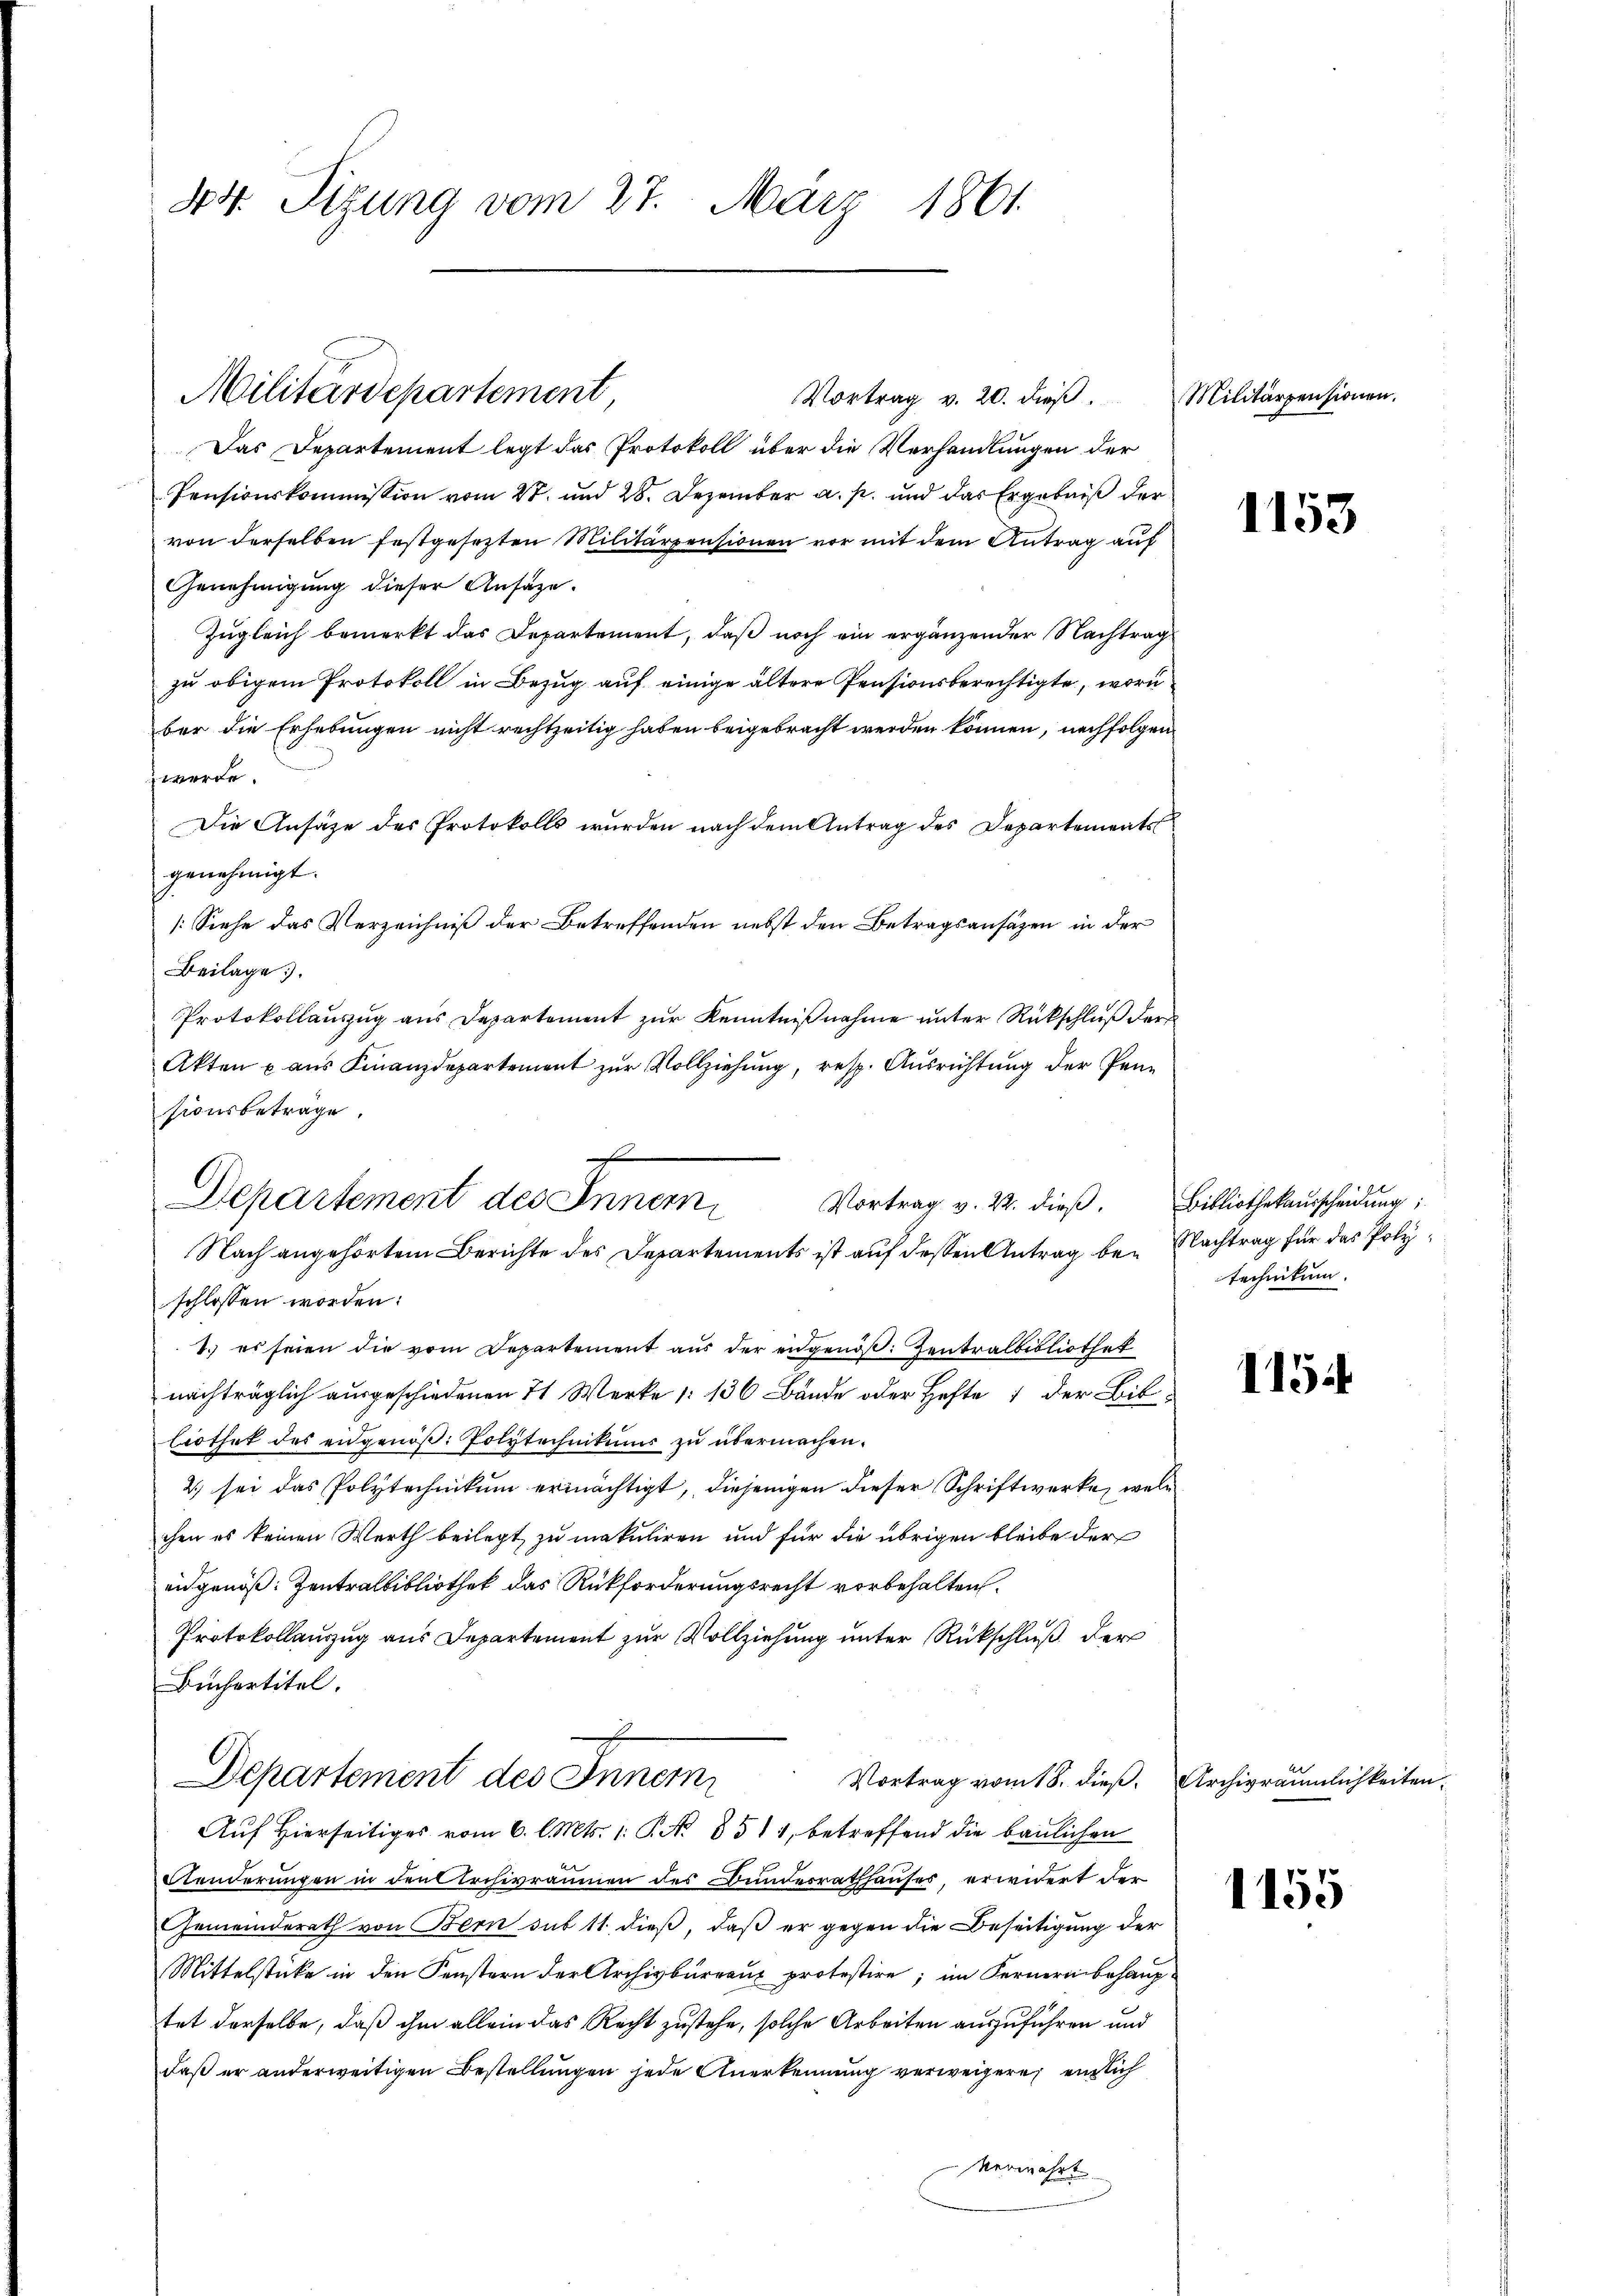
44. Sizung vom 27. März 1861.

Vortrag v. 20. dieβ.
Das Departement legt das Protokoll über die Verhandlungen der
Pensionskommission vom 27. und 28. Dezember a. p. und das Ergebniß der
von derselben festgesetzten Militärpensionen vor mit dem Antrag auf
Genehmigung dieser Ansaze.
Zugleich bemerkt das Departement, daß noch ein ergänzender Nachtrag
zu obigem Protokoll in Bezug auf einige ältere Pensionsberechtigte, worin
ber die Erhebungen nicht rechtzeitig haben beigebracht werden können, nachfolgen
werde.
Die Ansätze des Protokolls wurden nach dem Antrag des Departements
genehmigt.
[Siehe das Verzeichniß der Betreffenden nebst den Betragsansätzen in der
Beilage.
Protokollauszug aus Departement zur Kenntnißnahme unter Rückschluß der
Akten u aŭs Finanzdepartement zŭr Vollziehŭng, resp. Aŭsrichtŭng der Pensionsbeträge.

Militärdepartement

Departement des Inner
Vortrag v. 22. dieß.

Nach angehörtem Berichte des Departements ist auf dessen Antrag bei Nachtrag für das Polyschlossen worden:
1. es seien die vom Departement aus der engenöß: Zentralbibliothek
nachträglich ausgeschiedenen 71 Werke 1: 136 Bände oder Hefte 1 der Bib-
löthet des eidgenöß: Polytechnikums zu übermachen.
2) sei das Polytechnikum ermächtigt, diejenigen dieser Schriftwerke, welc
chen es keinen Werth beilegt zu makuliren und für die übrigen bleibe der
eidgenöß: Zentralbibliothek das Rückforderungsrecht vorbehalten.
Protokollauszug aus Departement zur Vollziehung unter Rückschluß der
Buchartitel.
Departement des Inner
Vortrag vom 18. dieß. Archivräumlichkeiten.
Auf Hierseitiges vom 6. l. Mts. 1. P. Nr. 3511, betreffend die baulichen
Aenderungen in den Archivräumen des Bunderrathhauses, erwidert der
Gemeinderath von Bern sub 11 dieß, daß er gegen die Beseitigung der
Mittelstücke in den Fenstern der Archivbüreaux protestire; im Fernern behauptet derselbe, daß ihm allein das Recht zustehe, solche Arbeiten auszuführen und
daß er anderweitigen Bestellungen jede Anerkennung verweigere, endlich
vermehrt.

Militärpensionen.

1153

Bibliothekausscheidung;
technikum.

1154

1155